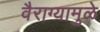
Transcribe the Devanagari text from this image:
वैराग्यामुळे